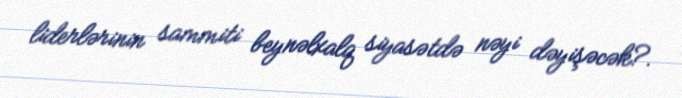
liderlərinin sammiti beynəlxalq siyasətdə nəyi dəyişəcək?.